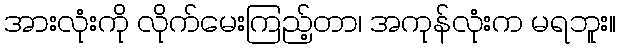
အားလုံးကို လိုက်မေးကြည့်တာ၊ အကုန်လုံးက မရဘူး။